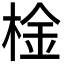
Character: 𣔋